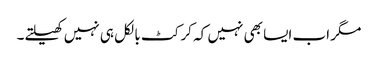
مگر اب ایسا بھی نہیں کہ کرکٹ بالکل ہی نہیں کھیلتے۔